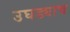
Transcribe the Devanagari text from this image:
उघड्याच